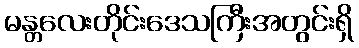
မန္တလေးတိုင်းဒေသကြီးအတွင်းရှိ